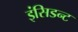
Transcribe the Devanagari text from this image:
इंसिडन्ट